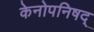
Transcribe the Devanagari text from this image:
केनोपनिषद्